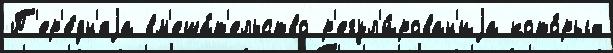
П'ер'е́дн'яjа вм'еша́т'ельство р'егул'и́рован'иjа кото́рых